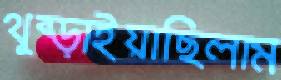
থুব্‌ড়াইয়াছিলাম